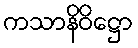
ကသာနိဝိဋ္ဌော